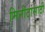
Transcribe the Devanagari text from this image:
मिनीटांसाठी